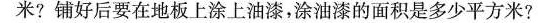
米?铺好后要在地板上涂上油漆，涂油漆的面积是多少平方米?